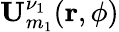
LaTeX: {\mathbf U}_{m_{1}}^{\nu_{1}}({\mathbf r},\phi)